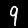
Label: 9